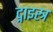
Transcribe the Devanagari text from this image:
द्नाइस्त्र